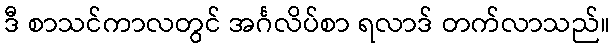
ဒီ စာသင်ကာလတွင် အင်္ဂလိပ်စာ ရလာဒ် တက်လာသည်။